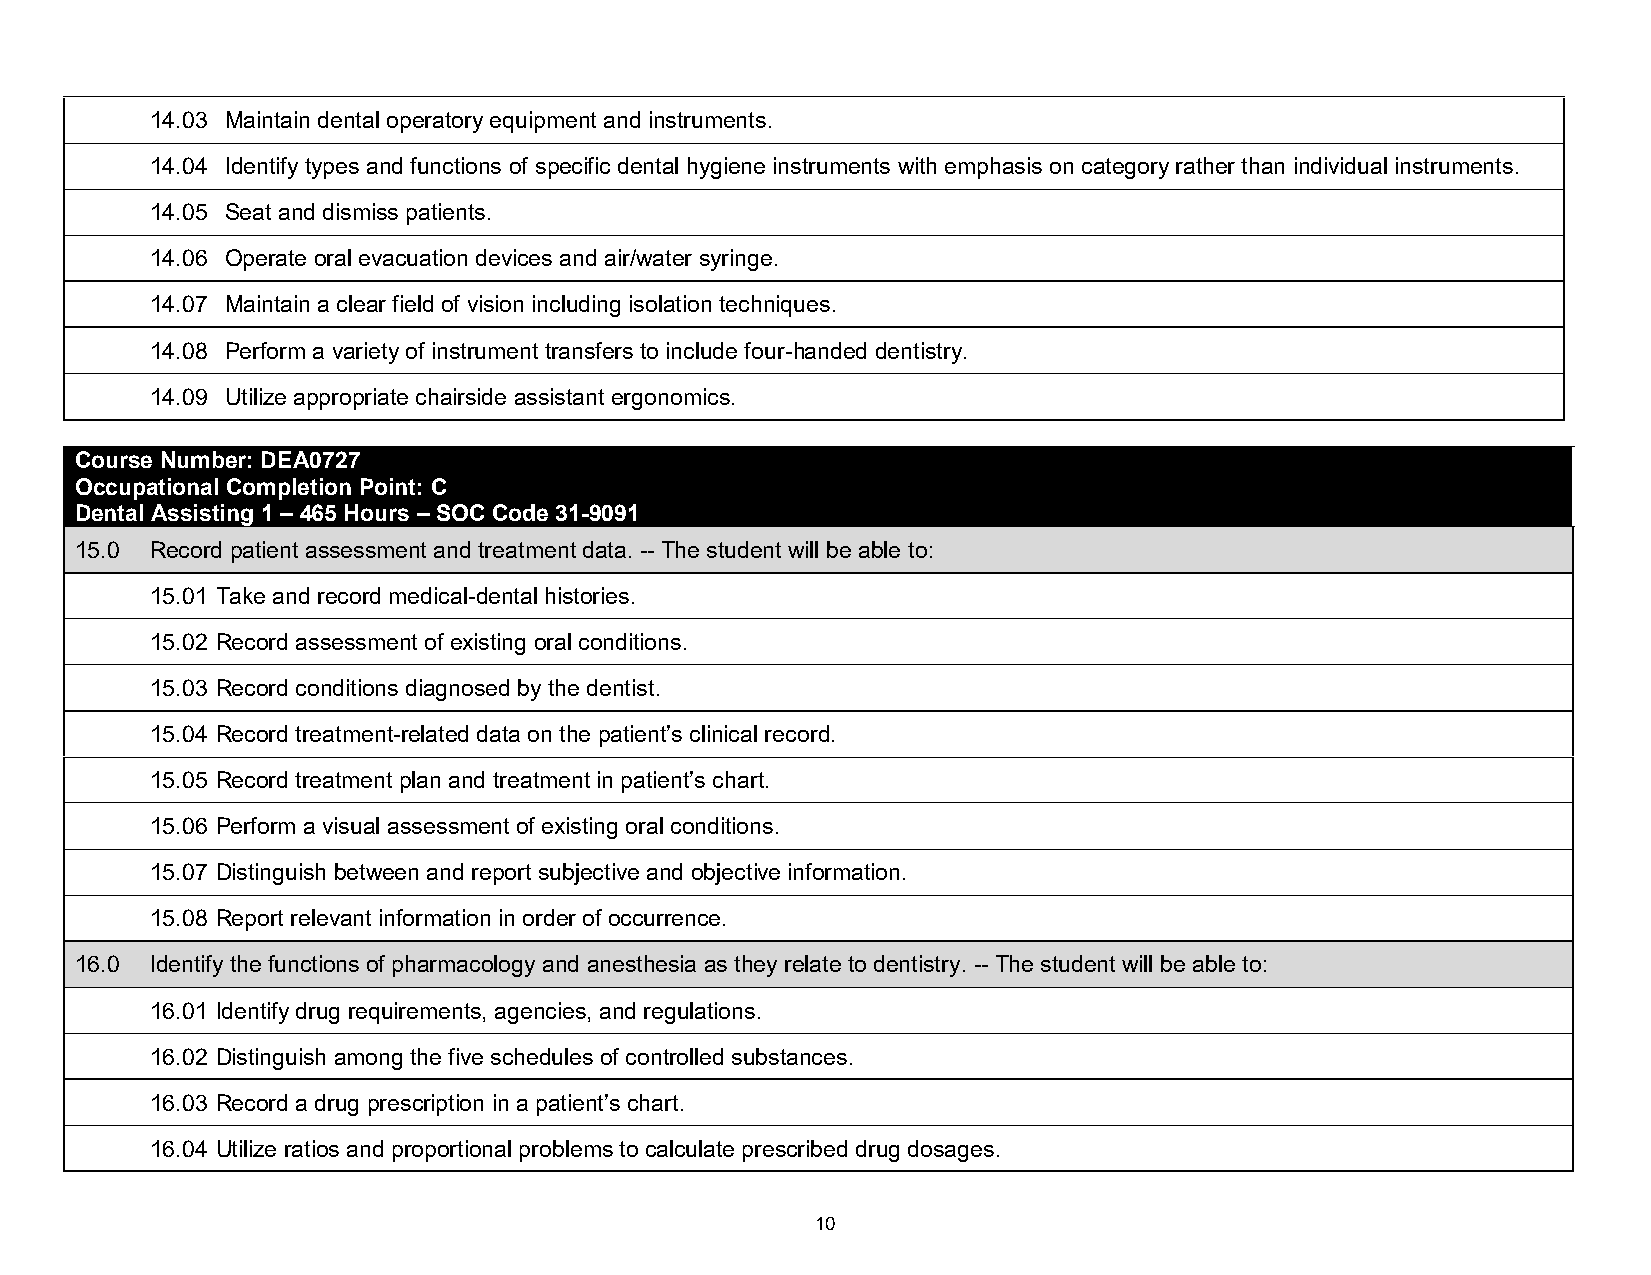
14.03 Maintain dental operatory equipment and instruments.
 14.04 Identify types and functions of specific dental hygiene instruments with emphasis on category rather than individual instruments.
 14.05 Seat and dismiss patients.
 14.06 Operate oral evacuation devices and air/water syringe.
 14.07 Maintain a clear field of vision including isolation techniques.
 14.08 Perform a variety of instrument transfers to include four-handed dentistry.
 14.09 Utilize appropriate chairside assistant ergonomics.
 Course Number: DEA0727
 Occupational Completion Point: C
 Dental Assisting 1 – 465 Hours – SOC Code 31-9091
 15.0 Record patient assessment and treatment data. -- The student will be able to:
 15.01 Take and record medical-dental histories.
 15.02 Record assessment of existing oral conditions.
 15.03 Record conditions diagnosed by the dentist.
 15.04 Record treatment-related data on the patient’s clinical record.
 15.05 Record treatment plan and treatment in patient’s chart.
 15.06 Perform a visual assessment of existing oral conditions.
 15.07 Distinguish between and report subjective and objective information.
 15.08 Report relevant information in order of occurrence.
 16.0 Identify the functions of pharmacology and anesthesia as they relate to dentistry. -- The student will be able to:
 16.01 Identify drug requirements, agencies, and regulations.
 16.02 Distinguish among the five schedules of controlled substances.
 16.03 Record a drug prescription in a patient’s chart.
 16.04 Utilize ratios and proportional problems to calculate prescribed drug dosages.
 10